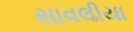
સાવલીયા